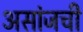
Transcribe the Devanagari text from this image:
असांजची